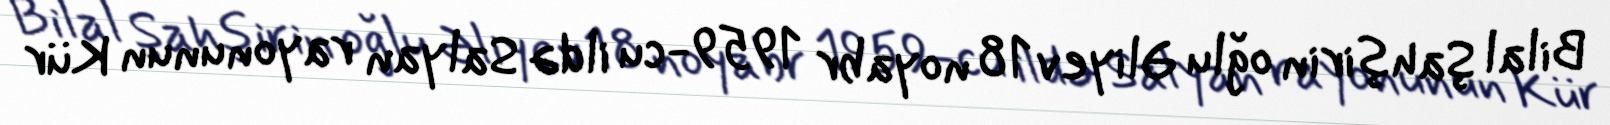
Bilal Şahşirin oğlu Əliyev 18 noyabr 1959-cu ildə Salyan rayonunun Kür